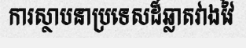
ការស្ថាបនាប្រទេសដ៏ឆ្លាតវាងវៃ